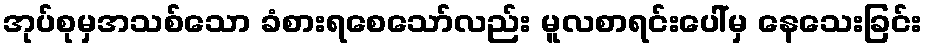
အုပ်စုမှအသစ်သော ခံစားရစေသော်လည်း မူလစာရင်းပေါ်မှ နေသေးခြင်း